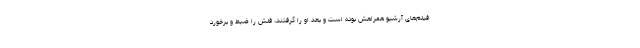
فیلم‌های آرشیو همراهش بوده است و بعد او را گرفتند، فلش را ضبط و برخورد